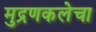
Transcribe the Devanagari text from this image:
मुद्रणकलेचा